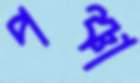
পঞ্চা